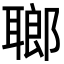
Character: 𦗏